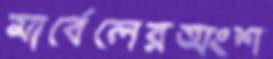
মার্বেলেরঅংশ